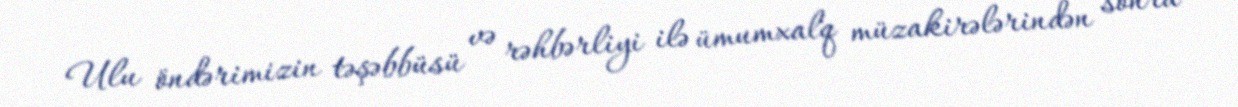
Ulu öndərimizin təşəbbüsü və rəhbərliyi ilə ümumxalq müzakirələrindən sonra